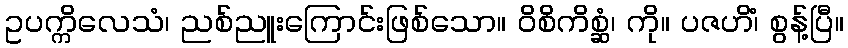
ဥပက္ကိလေသံ၊ ညစ်ညူးကြောင်းဖြစ်သော။ ဝိစိကိစ္ဆံ၊ ကို။ ပဇဟိံ၊ စွန့်ပြီ။